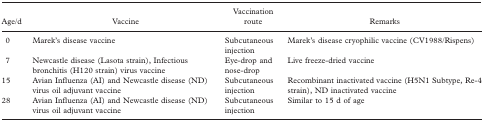
<table><thead><tr><td><b>Age/d</b></td><td><b>Vaccine</b></td><td><b>Vaccination route</b></td><td><b>Remarks</b></td></tr></thead><tbody><tr><td>0</td><td>Marek&#x27;s disease vaccine</td><td>Subcutaneous injection</td><td>Marek&#x27;s disease cryophilic vaccine (CV1988/Rispens)</td></tr><tr><td>7</td><td>Newcastle disease (Lasota strain), Infectious bronchitis (H120 strain) virus vaccine</td><td>Eye-drop and nose-drop</td><td>Live freeze-dried vaccine</td></tr><tr><td>15</td><td>Avian Influenza (AI) and Newcastle disease (ND) virus oil adjuvant vaccine</td><td>Subcutaneous injection</td><td>Recombinant inactivated vaccine (H5N1 Subtype, Re-4 strain), ND inactivated vaccine</td></tr><tr><td>28</td><td>Avian Influenza (AI) and Newcastle disease (ND) virus oil adjuvant vaccine</td><td>Subcutaneous injection</td><td>Similar to 15 d of age</td></tr></tbody></table>